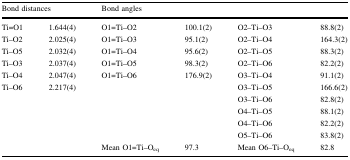
<table><thead><tr><td colspan="2"><b>Bond distances</b></td><td colspan="4"><b>Bond angles</b></td></tr></thead><tbody><tr><td>Ti=O1</td><td>1.644(4)</td><td>O1=Ti–O2</td><td>100.1(2)</td><td>O2–Ti–O3</td><td>88.8(2)</td></tr><tr><td>Ti–O2</td><td>2.025(4)</td><td>O1=Ti–O3</td><td>95.1(2)</td><td>O2–Ti–O4</td><td>164.3(2)</td></tr><tr><td>Ti–O5</td><td>2.032(4)</td><td>O1=Ti–O4</td><td>95.6(2)</td><td>O2–Ti–O5</td><td>88.3(2)</td></tr><tr><td>Ti–O3</td><td>2.037(4)</td><td>O1=Ti–O5</td><td>98.3(2)</td><td>O2–Ti–O6</td><td>82.2(2)</td></tr><tr><td>Ti–O4</td><td>2.047(4)</td><td>O1=Ti–O6</td><td>176.9(2)</td><td>O3–Ti–O4</td><td>91.1(2)</td></tr><tr><td>Ti–O6</td><td>2.217(4)</td><td></td><td></td><td>O3–Ti–O5</td><td>166.6(2)</td></tr><tr><td></td><td></td><td></td><td></td><td>O3–Ti–O6</td><td>82.8(2)</td></tr><tr><td></td><td></td><td></td><td></td><td>O4–Ti–O5</td><td>88.1(2)</td></tr><tr><td></td><td></td><td></td><td></td><td>O4–Ti–O6</td><td>82.2(2)</td></tr><tr><td></td><td></td><td></td><td></td><td>O5–Ti–O6</td><td>83.8(2)</td></tr><tr><td></td><td></td><td>Mean O1=Ti–O<sub>eq</sub></td><td>97.3</td><td>Mean O6–Ti–O<sub>eq</sub></td><td>82.8</td></tr></tbody></table>